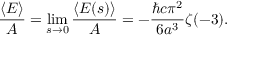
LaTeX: { \frac { \langle E \rangle } { A } } = \operatorname* { l i m } _ { s \to 0 } { \frac { \langle E ( s ) \rangle } { A } } = - { \frac { \hbar c \pi ^ { 2 } } { 6 a ^ { 3 } } } \zeta ( - 3 ) .